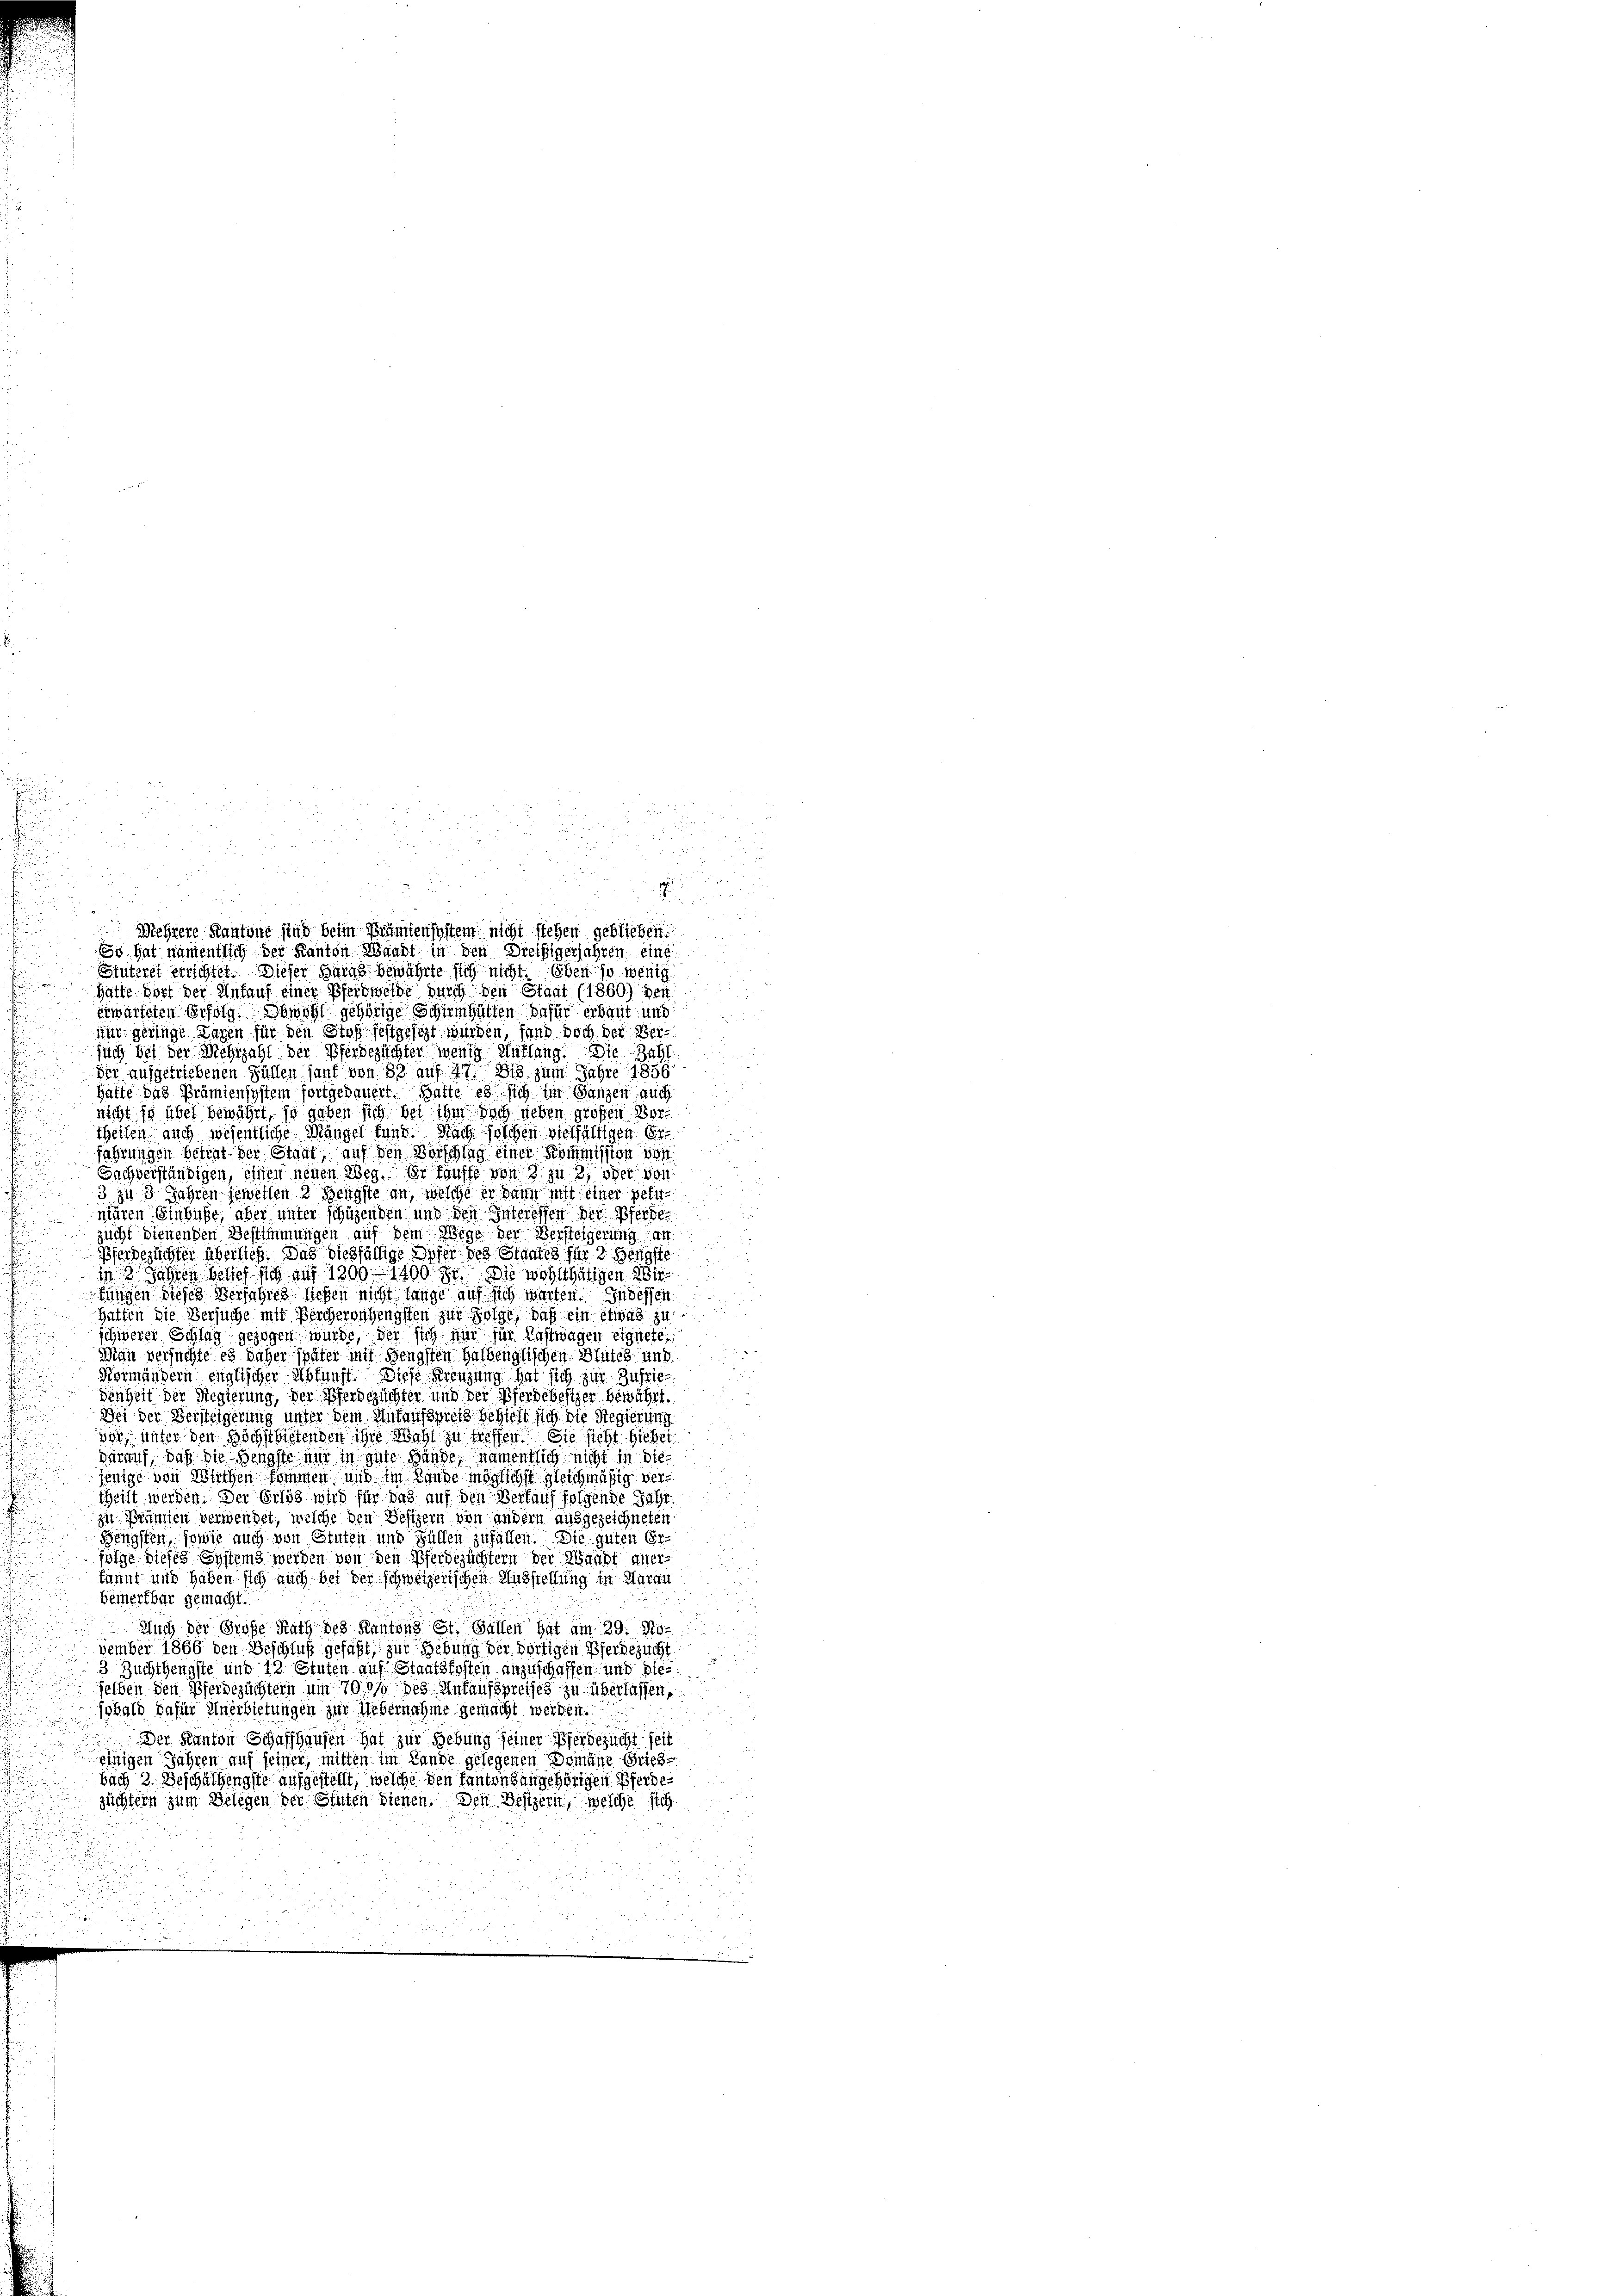
Mehrere Kantone sind beim Nahmensystem nicht stehen geblieben.
Es hat namentlich der Kanton Waadt in den Dreißigerjahren eine
Stutzret errichtet. Dieser Baras bewährte sich nicht. Eben so wenig
Gatte dort der Anfauf einer Pferdweide durch den Staat (1860) der
erwarteten Erfolg. Sowohl gehörige Schirmhütten dafür erbaut und
nur geringe Lagen für den Stoffestgesezt würden, fand doch der Versuch bei der Mehrzahl der Pferdezüchter wenig Anklang. Die Zahl
der aufgetriebenen Füllen sant von 83 auf 47. Bis zum Jahre 1856
Hatte das Prämiensystem fortgedauert. Batte es sich im Ganzen auch
nicht ich über bewährt, so geben sich bei ihm doch lieben großen Vortheilen auch wesentliche Mängel fund. Nach solchen vielfältigen Er
fahrungen betrat der Stadt, auf den Vorschlag einer Kommission von
Sachverständigen, einen neuen Weg. Er taufte von 8 zu 3, oder von
3 zu 3 Jahren jeweilen 3 Bengste an, welche er dann mit einer peti
mären Einbuße, aber unter schuhenden und den Interessen der Pferde
zucht dienenden Bestimmungen auf dem Wege der Versteigerung an
Pferdezüchter überließ. Das diesfällige Opfer des Staates für 2 Hengste
in 3 Jahren belief sich auf 1200 - 1400 Fr. Die wohlthätigen 26t
fungen dieses Verfahres lieben nicht lange auf sich warten. Indessen
Hatten die Versuche mit Berchersehengsten zur Folge, daß ein etwas zu
schwerer Schlag gezogen würde, der sich nur für Gastwagen eignete
Man versuchte es daher später mit Hengsten halbenglischen Blutes und
Kormändern englischer Abkunft. Diese Kreuzung hat sich zur Zufriedenheit der Regierung, der Pferdezüchter und der Pferdebesizer bewährt.
Bei der Versteigerung unter dem Ankaufspreis behielt sich die Regierung
vor unter den Höchstbietenden ihre Wahl zu treffen. Sie sieht hiebet
darauf, daß die Hengste nur in gute Hände, namentlich nicht in die
jenige von Wirthen kommen und im Lande möglichst gleichmäßig vertheilt werden. Der Erlös wird für das auf den Verkauf folgende Jahr
zu Prämien verwendet, welche den Besizern von andern ausgezeichneten
Bengsten, sowie auch von Stuten und Füllen zufällen. Die guten Er-
folge dieses Systems werden von den Pferdezüchtern der Waadt aner-
kannt und haben sich auch bei der schweizerischen Ausstellung in Saran
Bemerkbar gemacht.
Auch der Große Rath des Kantons St. Gallen hat am 29. November 1866 den Beschluß gefaßt, zur Gebung der dortigen Pferdezucht
3 Zuchthengste und 12 Stuten auf Staatskosten anzuschaffen und die
selben den Pferdezüchtern um 700 des Ankaufspreises zu überlassen,
sobald dafür Anerbietungen zur Uebernahme gemacht werden.
 Der Kanton Schaffhausen hat zur Gebung seiner Pferbesucht seit
einigen Jahren auf seiner, mitten im Lande gelegenen Domäne Griesbach 2 Geschätzengste aufgestellt, welche den kantonsangehörigen Pferden
jüchtern zum Belegen der Stuten dienen. Den Besitzern, welche sich

d